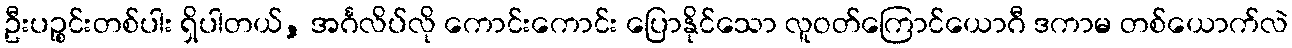
ဦးပဉ္စင်းတစ်ပါး ရှိပါတယ်, အင်္ဂလိပ်လို ကောင်းကောင်း ပြောနိုင်သော လူဝတ်ကြောင်ယောဂီ ဒကာမ တစ်ယောက်လဲ